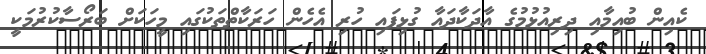
ކެއިން ބުއިމާއި ދިރިއުޅުމުގެ އާދަކާދައާ ގުޅިފައި ހުރި އެހެން ހަރަކާތްތަކުގައި މީހަކަށް ބަރޯސާކުރުމަކީ